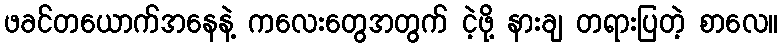
ဖခင်တယောက်အနေနဲ့ ကလေးတွေအတွက် ငဲ့ဖို့ နားချ တရားပြတဲ့ စာလေ။